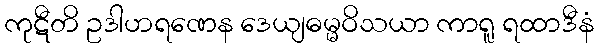
ကုဋီတိ ဥဒါဟရဏေန ဒေယျဓမ္မဝိသယာ ကာရူ ရထာဒီနံ